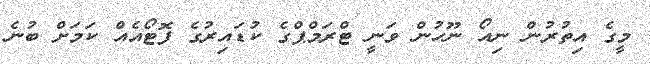
މީގެ އިތުރުން ނިއޯ ނޫހުން ވަނީ ޓްރަމްޕްގެ ކުޑައިރުގެ ފޮޓޯއެއް ކަމަށް ބުނެ